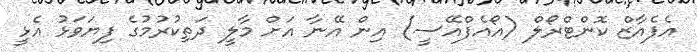
އެފެއާޒް ކޮންޓްރޯލް (އޯއެފްއޭސީ) އިން އޭނާ އަށް މާލީ ދަތިކުރުމުގެ ފިޔަވަޅު އެޅީ